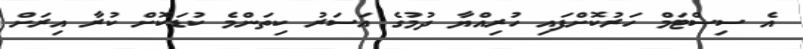
އެ ސިސްޓަމް ހަރުކޮށްފައި ހުރިއްޔާ ދުމުގެ އަސަރު ކިތަންމެ ކުޑަކޮށް ކުރާ އިރަށް